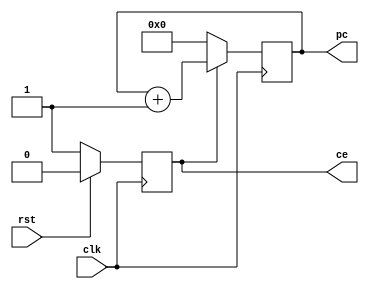
module pc_reg(

	input	wire										clk,
	input wire										rst,
	
	output reg[5:0]			pc,
	output reg                    ce
	
);

	always @ (posedge clk) begin
		if (ce == 1'b0) begin
			pc <= 6'h00;
		end else begin
	 		pc <= pc + 1'b1;
		end
	end
	
	always @ (posedge clk) begin
		if (rst == 1'b1) begin
			ce <= 1'b0;
		end else begin
			ce <= 1'b1;
		end
	end

endmodule